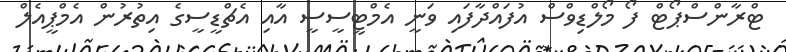
ޓްރާންސްޕޯޓް ފޯ މޯލްޑިވްސް އުފައްދާފައި ވަނީ އެމްޓީސީސީ އާއި އެޗްޑީސީގެ އިތުރުން އެމްޕީއެލް